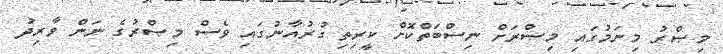
މިޞްރު މިނަމުގައި މިޞްރަށް ނިސްބަތްކޮށް ކީރިތި ގުރުއާނުގައި ވެސް މިޞްރުގެ ނަން ވާރިދު